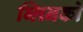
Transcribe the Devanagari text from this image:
ब्लिनको